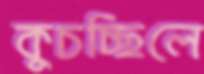
কুচচ্ছিলে